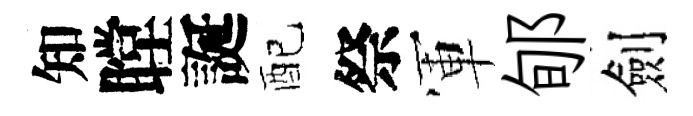
知瞠誕配祭軍郇劍